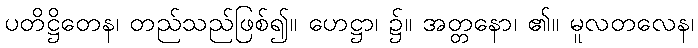
ပတိဋ္ဌိတေန၊ တည်သည်ဖြစ်၍။ ဟေဋ္ဌာ၊ ၌။ အတ္တနော၊ ၏။ မူလတလေန၊